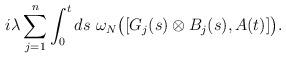
LaTeX: \begin{align*}i\lambda \sum_{j=1}^n\int_0^t d s \ \omega_N\big( [G_j(s)\otimes B_j(s), A(t)]\big).\end{align*}